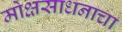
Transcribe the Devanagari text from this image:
मोक्षसाधनाचा